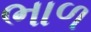
ભાળ